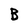
Character: B